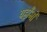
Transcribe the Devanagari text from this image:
यहाँभी